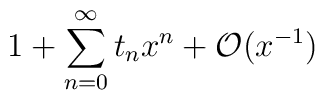
1 + \sum_{n=0}^\infty t_n x^n + {\cal O}(x^{-1})